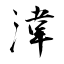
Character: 湋